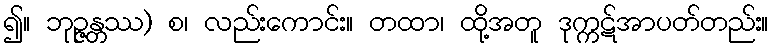
၍။ ဘုဉ္ဇန္တဿ) စ၊ လည်းကောင်း။ တထာ၊ ထို့အတူ ဒုက္ကဋ်အာပတ်တည်း။